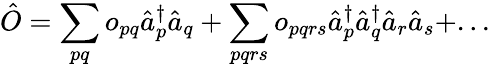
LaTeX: \hat{O}=\sum_{pq}o_{pq}\hat{a}_{p}^{\dagger}\hat{a}_{q}+\sum_{pqrs}o_{pqrs}\hat{a}_{p}^{\dagger}\hat{a}_{q}^{\dagger}\hat{a}_{r}\hat{a}_{s}+...